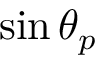
\sin \theta _ { p }